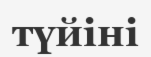
түйіні